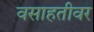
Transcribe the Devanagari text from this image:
वसाहतीवर